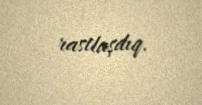
rastlaşdıq.